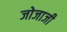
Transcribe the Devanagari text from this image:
जोजाजी